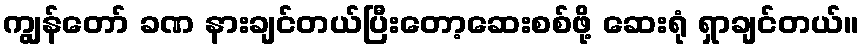
ကျွန်တော် ခဏ နားချင်တယ်ပြီးတော့ဆေးစစ်ဖို့ ဆေးရုံ ရှာချင်တယ်။